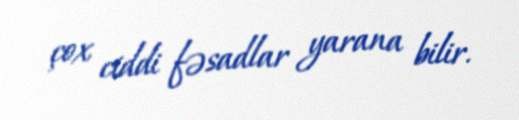
çox ciddi fəsadlar yarana bilir.